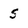
Character: 5